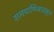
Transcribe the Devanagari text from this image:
रामपाणिवादकृत